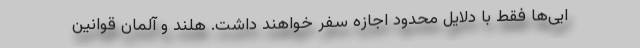
ایی‌ها فقط با دلایل محدود اجازه سفر خواهند داشت. هلند و آلمان قوانین